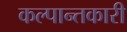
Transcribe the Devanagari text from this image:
कल्पान्तकारी